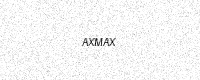
Text: AXMAX